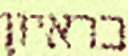
בראיון